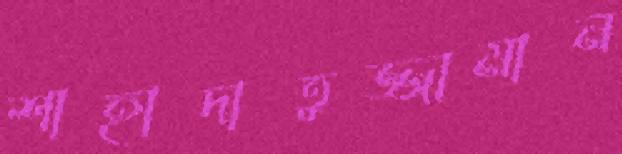
শাহাদাতুজ্জামান